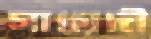
সায়েদী